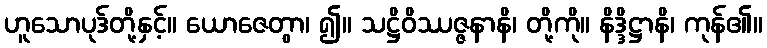
ဟူသောပုဒ်တို့နှင့်။ ယောဇေတွာ၊ ၍။ သဋ္ဌိဝိဿဇ္ဇနာနိ၊ တို့ကို။ နိဒ္ဒိဋ္ဌာနိ၊ ကုန်၏။